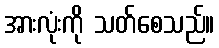
အားလုံးကို သတ်စေသည်။